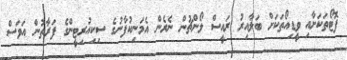
ފޮޓޯތަކަށާއި ވީޑިއޯތަކަށް ބަލާއިރު ރައީސް ލޯންޗުން ނެރެން އެމަނިކުފާނުގެ ސިކިއުރިޓީންގެ ފަރާތުން އަވަސް